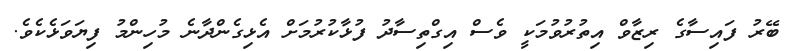
ބޭރު ފައިސާގެ ރިޒާވް އިތުރުވުމަކީ ވެސް އިގްތިސާދު ފުޅާކުރުމަށް އެޅިގެންދާނެ މުހިންމު ފިޔަވަޅެކެވެ.